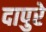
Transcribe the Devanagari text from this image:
दापुरे